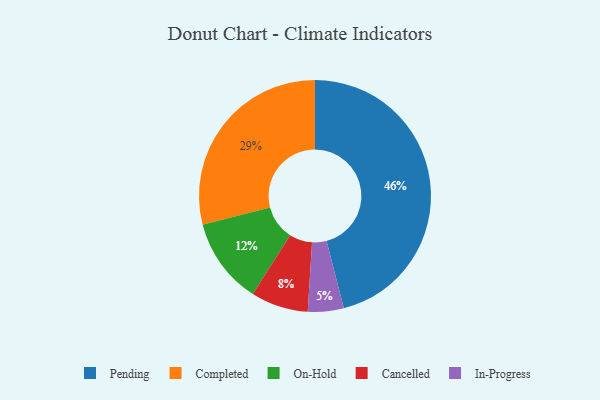
{"axis": {"x": "Category", "y": "Percentage"}, "legend": ["Cancelled", "Completed", "In-Progress", "On-Hold", "Pending"], "data": [{"x": "In-Progress", "y": 5, "type": "In-Progress"}, {"x": "Cancelled", "y": 8, "type": "Cancelled"}, {"x": "Pending", "y": 46, "type": "Pending"}, {"x": "Completed", "y": 29, "type": "Completed"}, {"x": "On-Hold", "y": 12, "type": "On-Hold"}]}